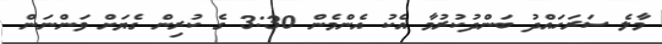
މާލެ ސަރަހައްދު ބަންދުކުރުމާ އެކު އެންމެން 3:30 ގެ ކުރިން ގެޔަށް ވަންނަން